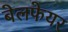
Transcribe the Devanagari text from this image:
बेलफेयर